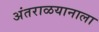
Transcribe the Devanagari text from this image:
अंतराळयानाला